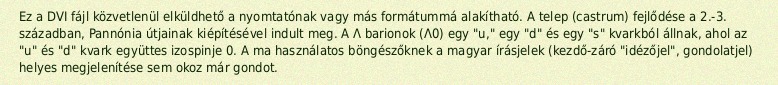
Ez a DVI fájl közvetlenül elküldhető a nyomtatónak vagy más formátummá alakítható. A telep (castrum) fejlődése a 2.-3. században, Pannónia útjainak kiépítésével indult meg. A Λ barionok (Λ0) egy "u," egy "d" és egy "s" kvarkból állnak, ahol az "u" és "d" kvark együttes izospinje 0. A ma használatos böngészőknek a magyar írásjelek (kezdő-záró "idézőjel", gondolatjel) helyes megjelenítése sem okoz már gondot.